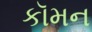
કૉમન